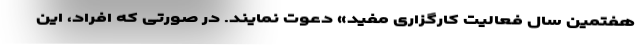
هفتمین سال فعالیت کارگزاری مفید» دعوت نمایند. در صورتی که افراد، این